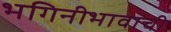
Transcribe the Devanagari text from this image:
भगिनीभावाची